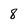
Character: 8